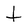
Character: t